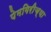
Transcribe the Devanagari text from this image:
पेमगिरीच्या